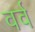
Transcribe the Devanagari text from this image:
वर्व